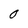
Character: 0